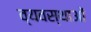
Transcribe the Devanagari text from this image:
व्यवस्थाआें